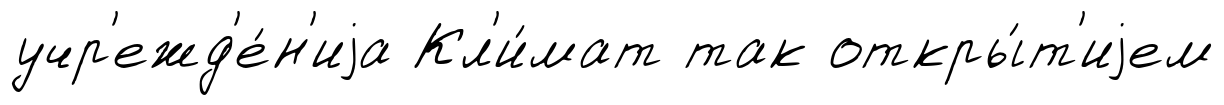
учр'ежд'е́н'иjа Кл'и́мат так откры́т'иjем